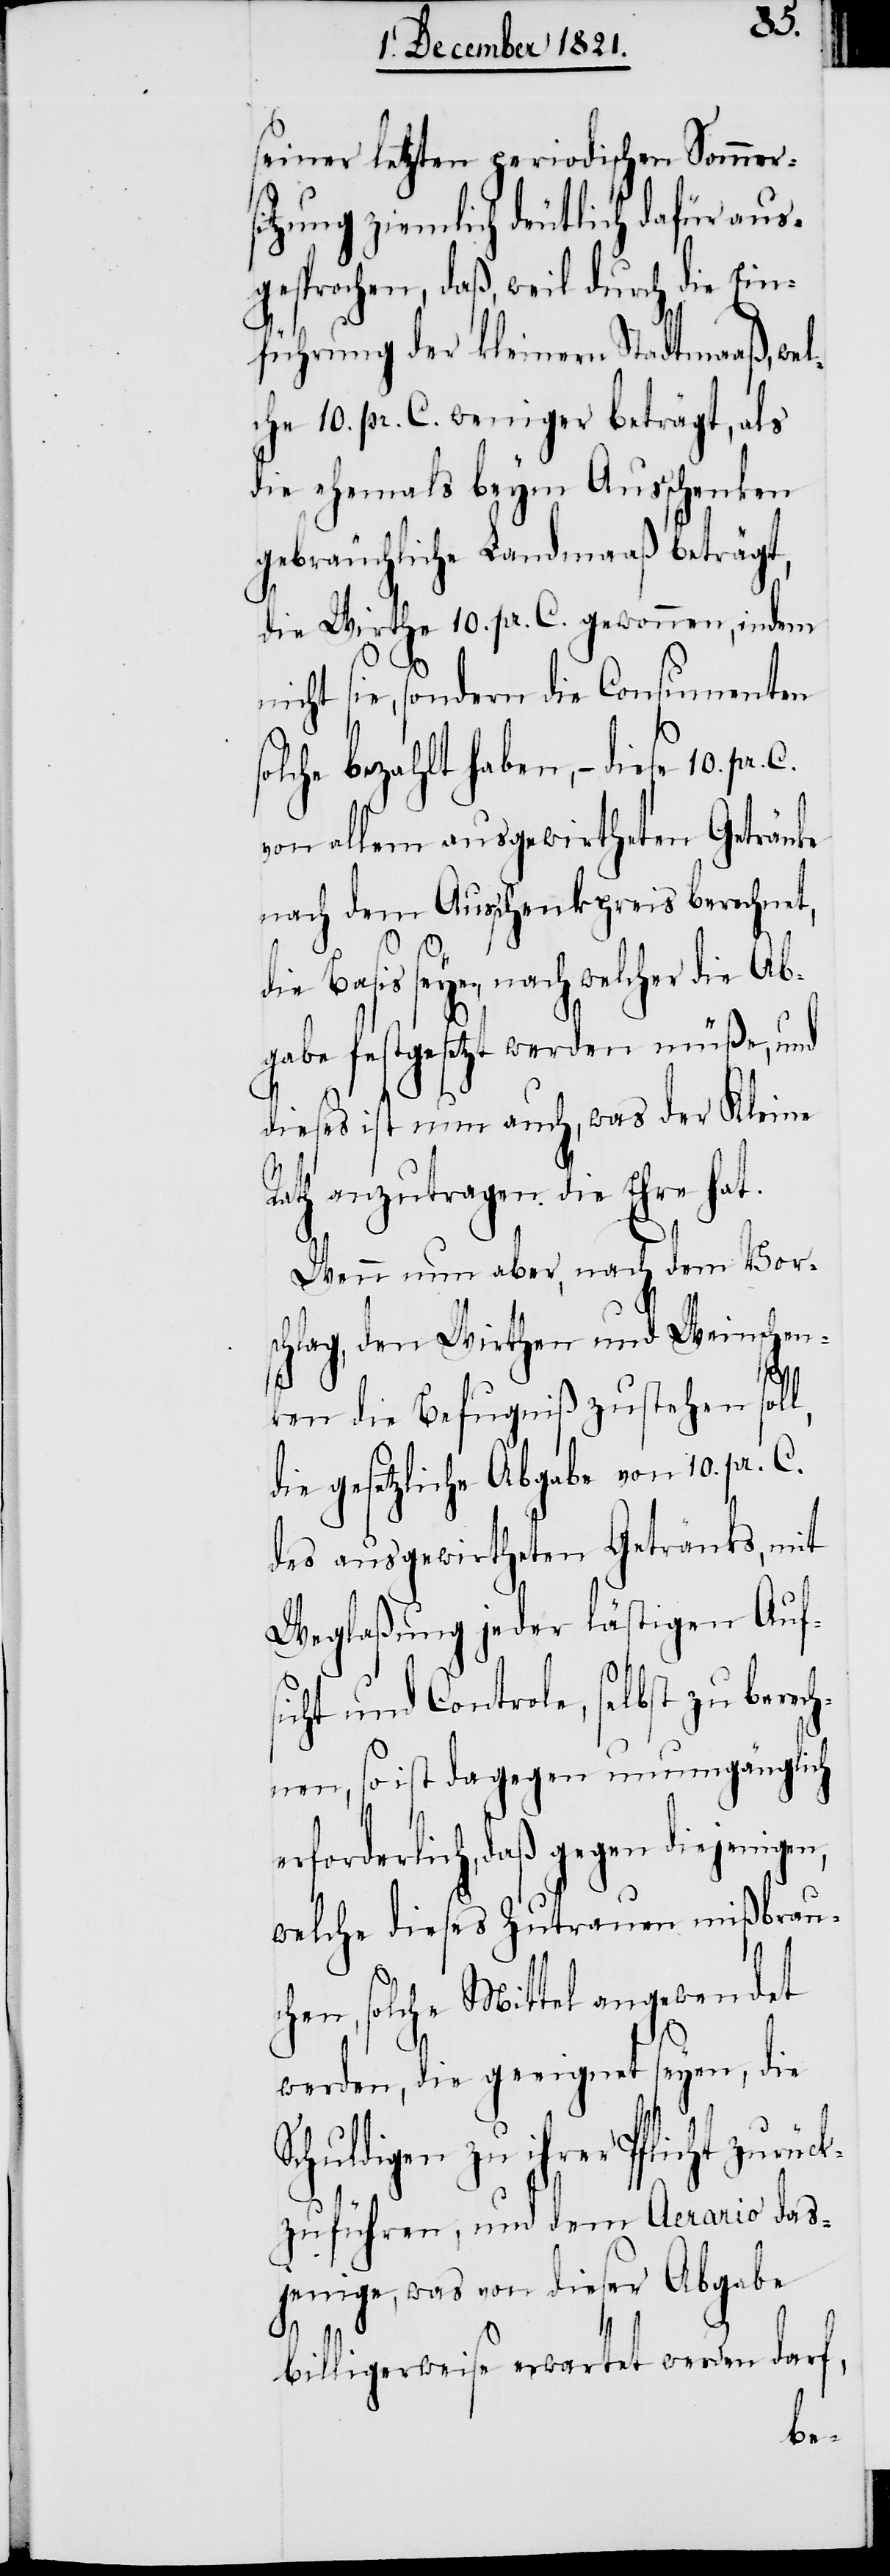
seiner letzten periodischen Sommers¬
itzung ziemlich deutlich dafür aus¬
gesprochen, daß, weil durch die Ein¬
führung der kleinern Stadtmaaß, wel¬
che 10. pr. C. weniger beträgt, als
die ehemals beym Ausschenken
gebräuchliche Landmaaß beträgt,
die Wirthe 10. pr. C. gewonnen, indem
nicht sie, sondern die Consumenten
olche bezahlt haben, – diese 10.
von allem ausgewirtheten Getränke
nach dem Ausschenkpreis berechnet,
ie Basis seye, nach welcher die Ab¬
gabe festgesetzt werden müße, und
dieses ist nun auch, was der Kleine
ath anzutragen die Ehre hat.
Wenn nun aber nach dem Vor¬
schlag, den Wirthen und Weinschen¬
ken die Befugniß zustehen sol¬
die gesetzliche Abgabe von 10. pr. C.
des ausgewirtheten Getränks, mit
Weglaßung jeder lästigen Aufs¬
icht und Controle, selbst zu berec¬
hnen, so ist dagegen unumgänglich
erforderlich, daß gegen diejenigen,
welche dieses Zutrauen mißbrau¬
chen, solche Mittel angewendet
werden, die geeignet seyen, die
Schuldigen zu ihrer Pflicht zurück¬
zuführen, und dem Aerario das¬
jenige, was von dieser Abgabe
l,
billigerweise erwartet werden darf,